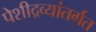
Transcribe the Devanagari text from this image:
पेशीद्रव्यांतर्गत